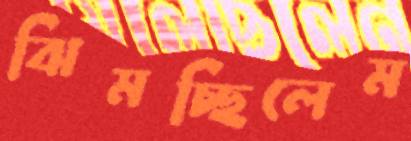
ঝিমচ্ছিলেম